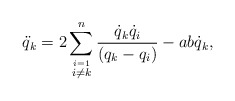
\begin{gather*} \ddot{q}_k=2\sum_{\stackrel{i=1}{i\neq k}}^n\frac{\dot{q}_k\dot{q}_i}{ (q_k-q_i)}-a b \dot{q}_k ,\end{gather*}